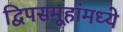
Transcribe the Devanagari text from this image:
द्विपसमूहांमध्ये